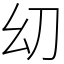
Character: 㓜